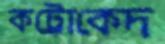
কট্টোকেদ